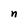
Character: n